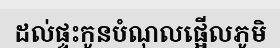
ដល់ផ្ទះកូនបំណុលផ្អើលភូមិ